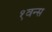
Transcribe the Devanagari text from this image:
१वन्स